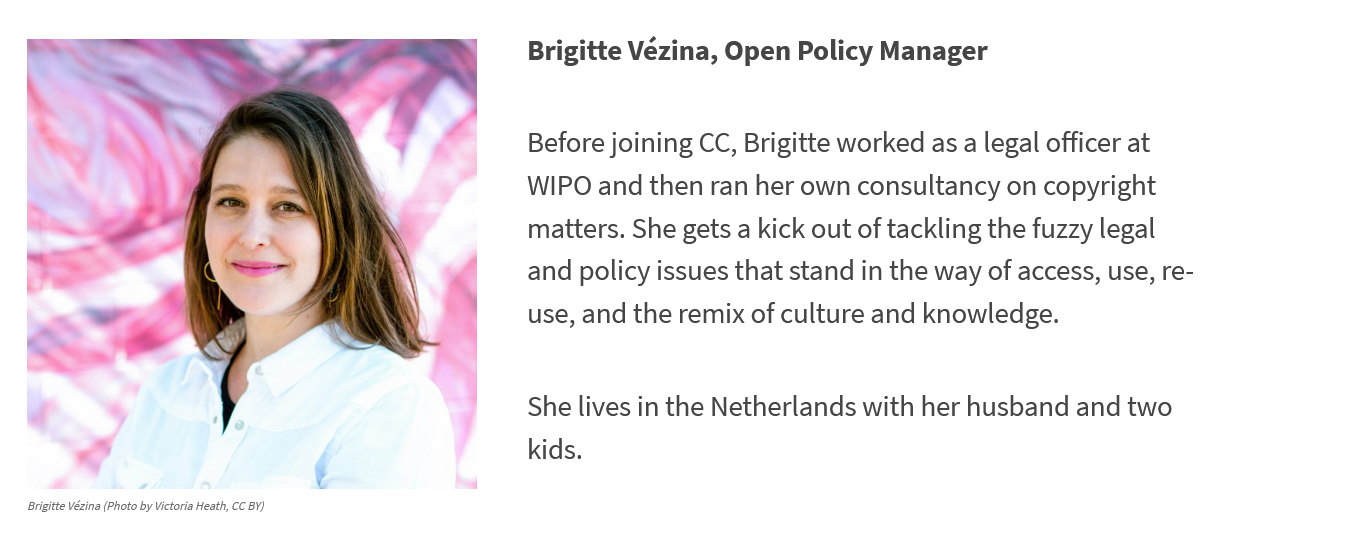
Brigitte Vézina (Photo by Victoria Heath, CC BY)
     Brigitte Vézina, Open Policy Manager
     Before joining CC, Brigitte worked as a legal officer at
     WIPO and then ran her own consultancy on copyright
     matters. She gets a kick out of tackling the fuzzy legal
     and policy issues that stand in the way of access, use, re-
     use, and the remix of culture and knowledge.
     She lives in the Netherlands with her husband and two
     kids.